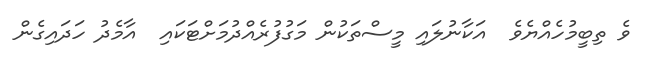
ވެ ތިބީމުހެއްޔެވެ  އަކާނުލައި މީސްތަކުން މަގުފުރެއްދުމަށްޓަކައި  އާމެދު ހަދައިގެން